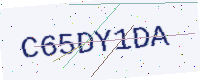
Text: C65DY1DA